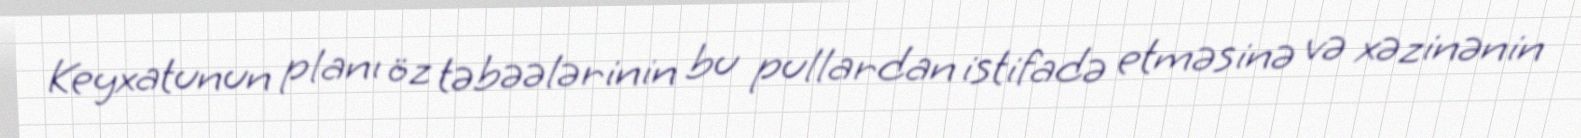
Keyxatunun planı öz təbəələrinin bu pullardan istifadə etməsinə və xəzinənin